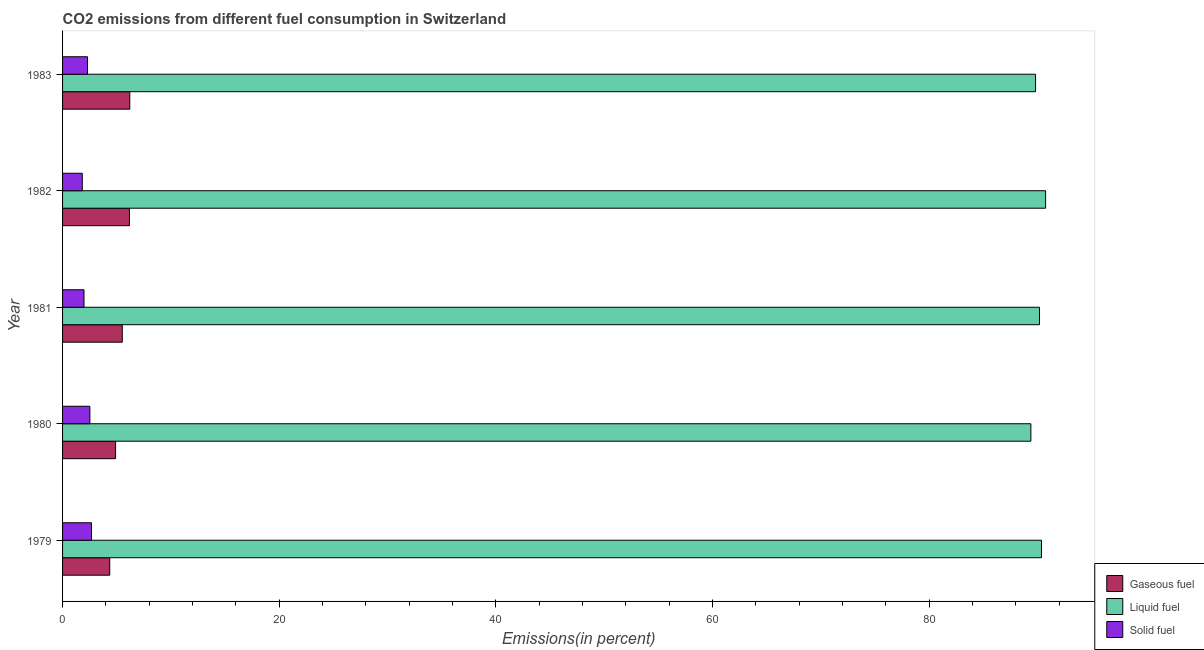
| Year | Gaseous fuel | Liquid fuel | Solid fuel |
 | --- | --- | --- | --- |
 | 1979 | 4.36 | 90.4 | 2.67 |
 | 1980 | 4.89 | 89.4 | 2.52 |
 | 1981 | 5.51 | 90.2 | 1.98 |
 | 1982 | 6.18 | 90.8 | 1.82 |
 | 1983 | 6.2 | 89.8 | 2.3 |